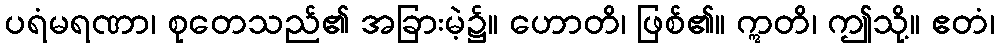
ပရံမရဏာ၊ စုတေသည်၏ အခြားမဲ့၌။ ဟောတိ၊ ဖြစ်၏။ ဣတိ၊ ဤသို့။ ဧတံ၊